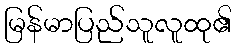
မြန်မာပြည်သူလူထု၏